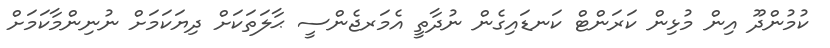
ކުމުންދޫ އިން މުޅިން ކަރަންޓް ކަނޑައިގެން ނުދާތީ އެމަރޖެންސީ ޙާލަތަކަށް ދިޔަކަމަށް ނުނިންމާކަމަށް